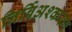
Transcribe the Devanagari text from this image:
निर्बिअश्करण